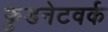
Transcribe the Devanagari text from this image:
फुडनेटवर्क